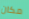
مكان